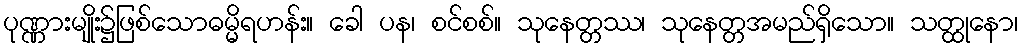
ပုဏ္ဏားမျိုး၌ဖြစ်သောဓမ္မိရဟန်း။ ခေါ ပန၊ စင်စစ်။ သုနေတ္တဿ၊ သုနေတ္တအမည်ရှိသော။ သတ္ထုနော၊